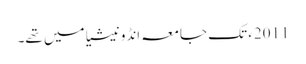
2011ء تک جامعہ انڈونیشیا میں تھے۔